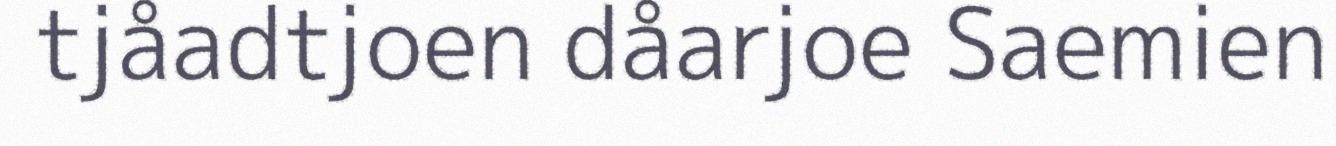
tjåadtjoen dåarjoe Saemien